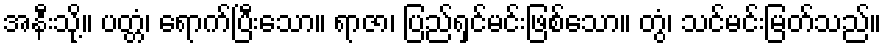
အနီးသို့။ ပတ္တံ၊ ရောက်ပြီးသော။ ရာဇာ၊ ပြည်ရှင်မင်းဖြစ်သော။ တွံ၊ သင်မင်းမြတ်သည်။